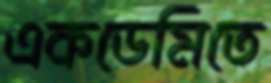
একডেমিতে